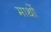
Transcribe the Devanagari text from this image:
माथों